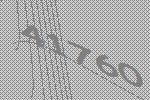
41760